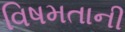
વિષમતાની